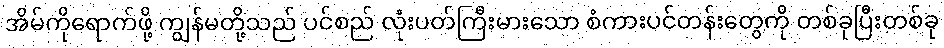
အိမ်ကိုရောက်ဖို့ ကျွန်မတို့သည် ပင်စည် လုံးပတ်ကြီးမားသော စံကားပင်တန်းတွေကို တစ်ခုပြီးတစ်ခု